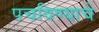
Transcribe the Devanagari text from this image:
पचविण्याचे